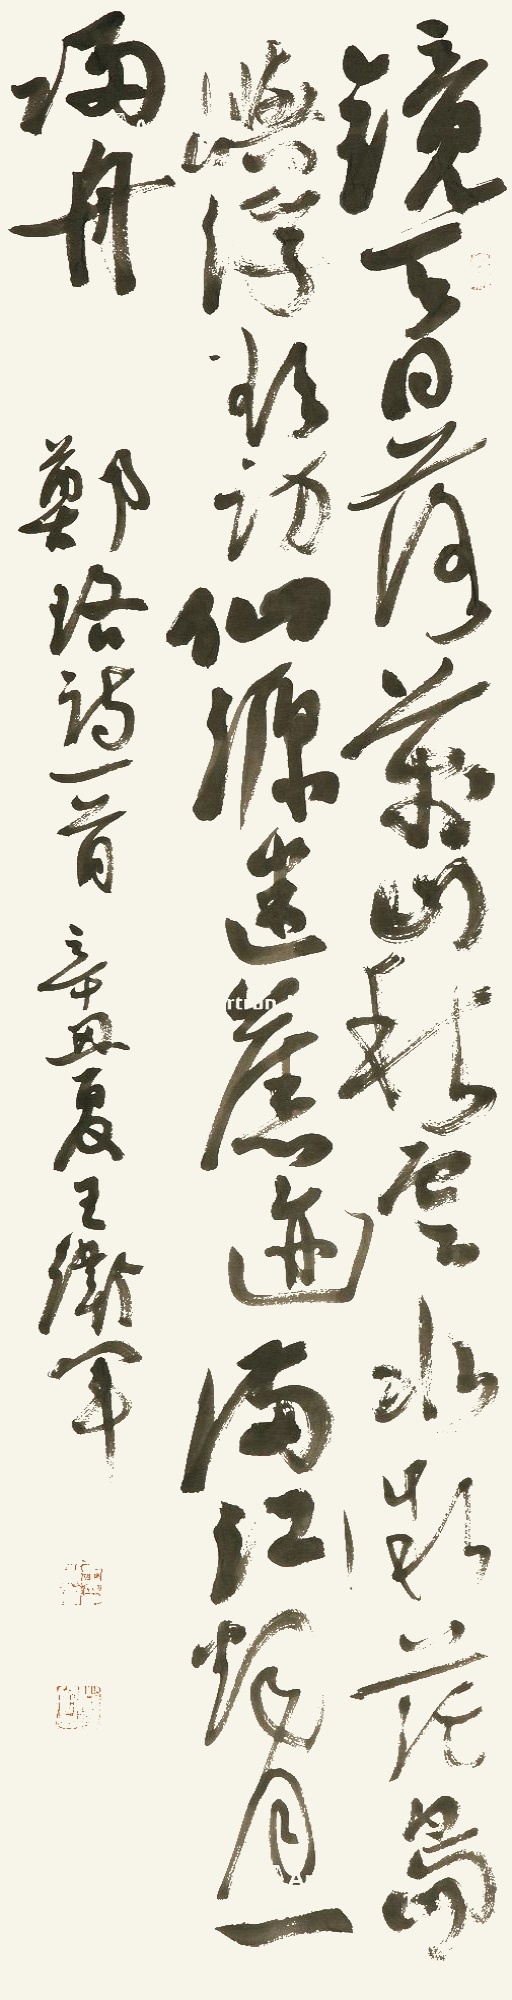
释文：镜天日落万山秋，云水微茫岛屿浮。欲访仙源迷旧迹，满江烟月一归舟。郑珞诗一首。辛丑夏，王卫军。